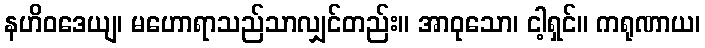
နဟိဝဒေယျ၊ မဟောရာသည်သာလျှင်တည်း။ အာဝုသော၊ ငါ့ရှင်။ ကရုဏာယ၊